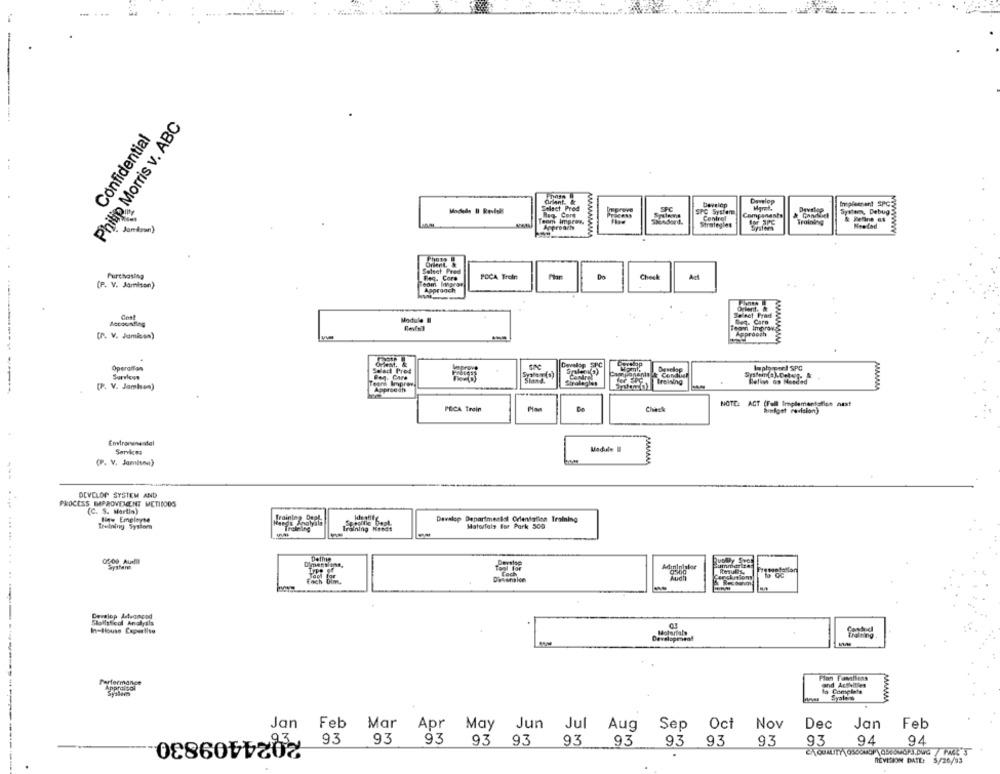
Philip Morris v. ABC
Confidential
--
Criant
Damelop
Select Prod
Develop
Ineplechant SPC
System, Debug
Reg- Core
Spela
SPC System
Control
Compenants
Training
Approach
MAAAALARAA
Purchasing
POCA Trein
Check
(P. V. Jamison)
Orient.
Cost
Selset Frad
Module Il
Teori Improv
Approach
(P. V. Jamison)
wwwwww
Develop SPC
Operaifan
Selec Pres
Develop
Imply perl SPC
Surrious
Shand.
Stralente
SHonentalk Condbel
Betina os Needed
------
(P. V. Jamison)
Teore Improve
Approach
EPCTraining
NOTE: ACT (Fell Implementation next
POCA Trein
Click
Simdoet revision)
Emtrormental
Module
(P. V. Jamisma)
AAAAAA
DEVELOP SYSTEM AND
PROCESS IMPROVEMENT METIDOOS
(C. S. Martin)
lew Empleyte
Develop Departmental Orientation Training
Trelning Sysiom
Training Kendt
Materials for Park 500
-
0200 Audit
aystem
Summarize
Dimensions,
tool for
Coch
to OG
Diversion
Develop ANudmcad
Statistical Analyils
In-House Expertise
Molarfals
Performance
Complete
Syadam
Syalen
AAAAA
Jan
Feb
Mar
Apr
May
Jun Jul Aug
Sep Oct
Nov
Dec
Jan
Feb
2024409830
93
93
93
93
93
93
93
93
9.3
9.3
93
94
94
23
REVISION DATE: 5/26/93